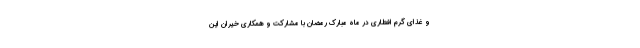
و غذای گرم افطاری در ماه مبارک رمضان با مشارکت و همکاری خیران این